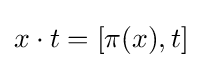
x\cdot t=[\pi (x),t]